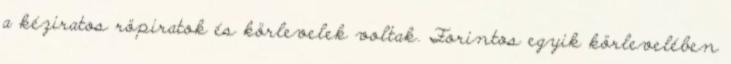
a kéziratos röpiratok és körlevelek voltak. Forintos egyik körlevelében